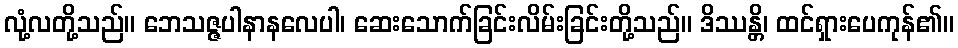
လုံ့လတို့သည်။ ဘေသဇ္ဇပါနာနလေပါ၊ ဆေးသောက်ခြင်းလိမ်းခြင်းတို့သည်။ ဒိဿန္တိ၊ ထင်ရှားပေကုန်၏။